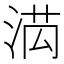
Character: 𭰯